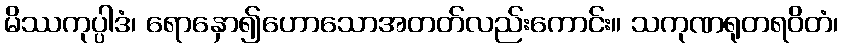
မိဿကုပ္ပါဒံ၊ ရောနှော၍ဟောသောအတတ်လည်းကောင်း။ သကုဏရုတရဝိတံ၊